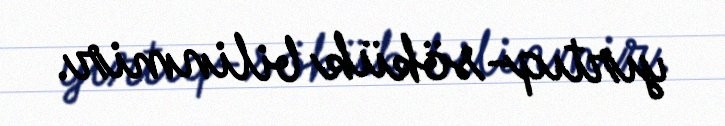
yırtıq-sökük bilinmir.